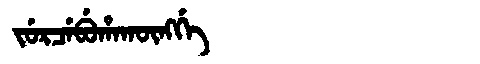
Manchu: ᠵᡠᡵᠴᡝᠪᡠᡥᠠᡴᡡᠩᡤᡝ
Romanization: JURCEBUHAKŪNGGE